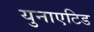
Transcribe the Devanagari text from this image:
युनाएटिड